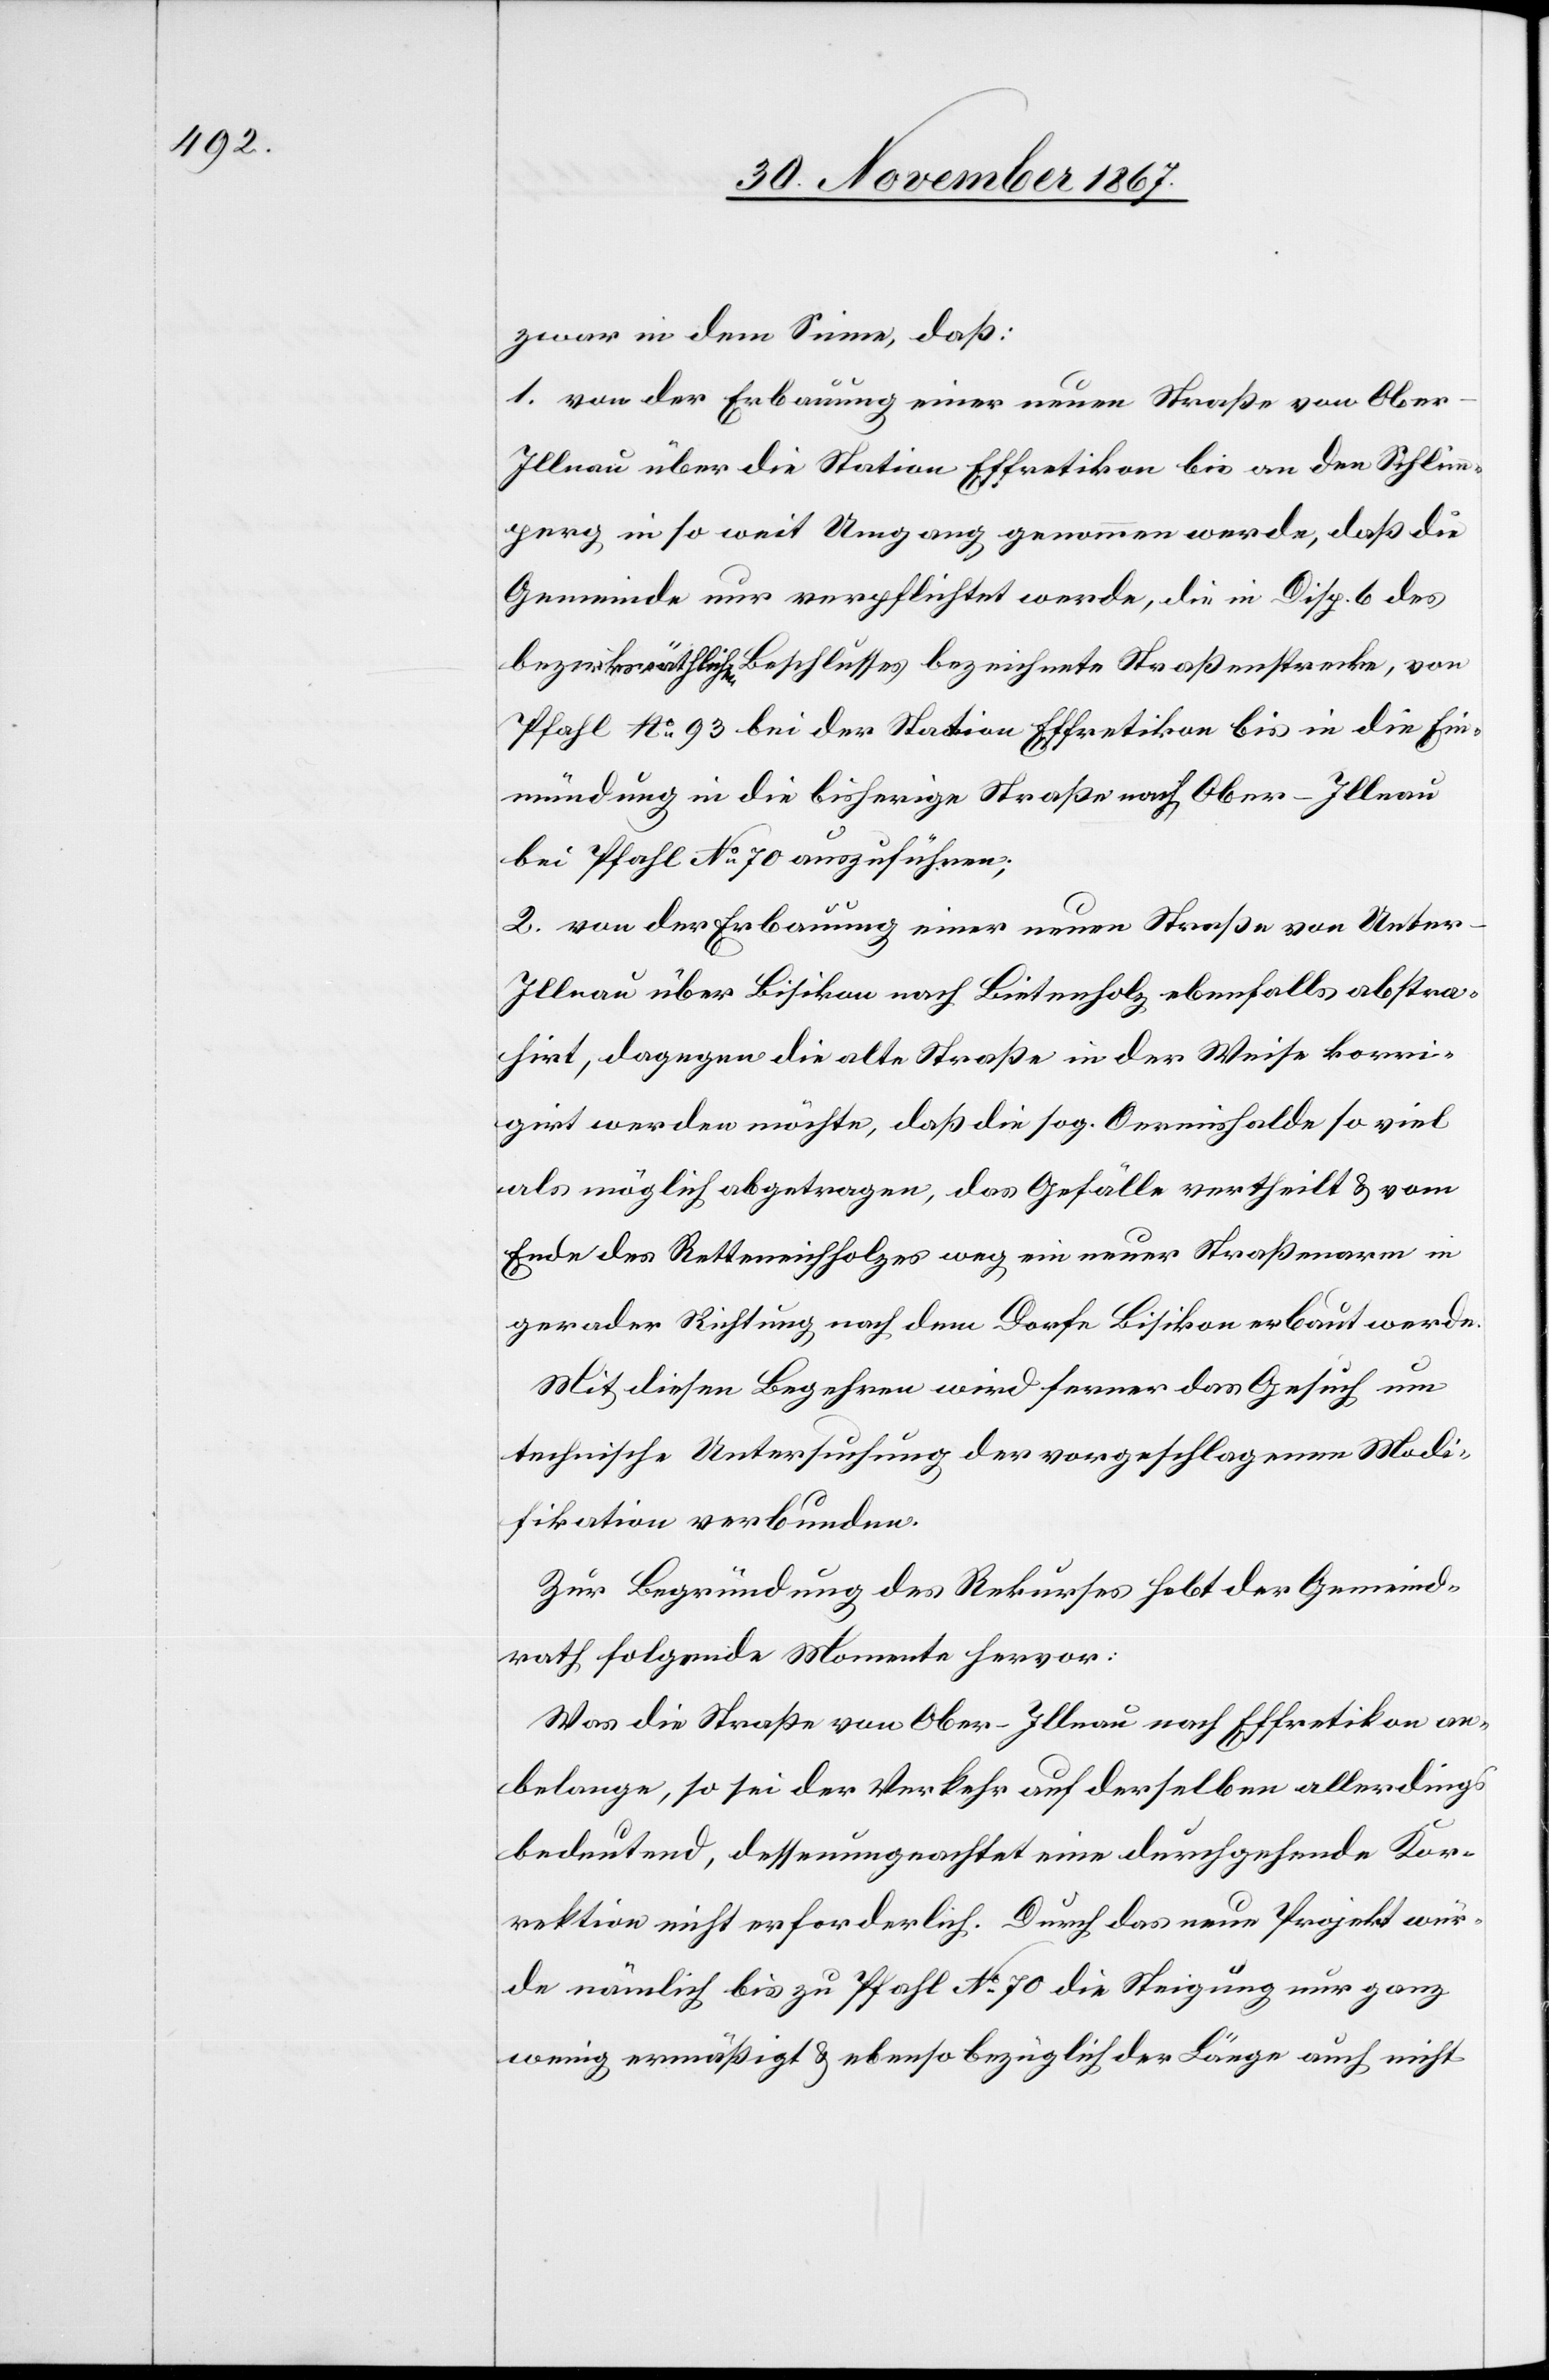
zwar in dem Sinne, daß:
1. von der Erbauung einer neuen Straße von Ober-I¬
llnau über die Station Effretikon bis an die Schlim¬
perg in so weit Umgang genommen werde, daß die
Gemeinde nur verpflichtet werde, die in Disp. 6 des
bezirksräthlichen Beschlusses bezeichnete Straßenstrecke, von
Pfahl No. 93 bei der Station Effretikon bis in die Ein¬
mündung in die bisherige Straße nach Ober-Illnau
bei Pfahl No. 70 auszuführen.
2. von der Erbauung einer neuen Straße von Unter-I¬
llnau über Bisikon nach Bietenholz ebenfalls abstra¬
hirt, dagegen die alte Straße in der Weise korri¬
girt werden möchte, daß die sog. Oermishalde so viel
als möglich abgetragen, das Gefälle vertheilt u. vom
Ende des Retteneichholzes weg ein neuer Straßenarm
Mit diesen Begehren wird ferner das Gesuch um
technische Untersuchung der vorgeschlagenen Modi¬
fikation verbunden.
Zur Begründung des Rekurses hebt der Gemeind¬
rath folgende Momente hervor:
Was die Straße von Ober-Illnau nach Effretikon an¬
belange, so sei der Verkehr auf derselben allerdings
bedeutend, dessenungeachtet eine durchgehende Kor¬
rektion nicht erforderlich. Durch das neue Projekt wür¬
de nämlich bis zu Pfahl No. 70 die Steigung nur ganz
wenig ermäßigt u. ebenso bezüglich der Länge auch nicht